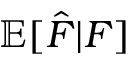
\mathbb { E } [ \hat { F } | F ]